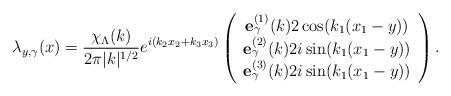
LaTeX: \begin{align*}\lambda_{y,\gamma}(x) =\frac{\chi_{\Lambda}(k)}{2\pi |k|^{1/2}} e^{i(k_2 x_2 + k_3 x_3)} \left( \begin{array}{c}\mathbf{e}^{(1)}_{\gamma}(k) 2\cos(k_1 (x_1 - y)) \\\mathbf{e}^{(2)}_{\gamma}(k)2i \sin (k_1 (x_1 - y)) \\\mathbf{e}^{(3)}_{\gamma}(k) 2i \sin (k_1 (x_1-y))\end{array}\right).\end{align*}